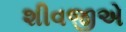
શીવજીએ